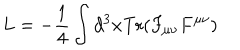
L = - \frac { 1 } { 4 } \int d ^ { 3 } x \mathrm { T r } ( F _ { \mu \nu } F ^ { \mu \nu } )